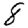
Digit: 8